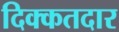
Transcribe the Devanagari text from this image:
दिक्कतदार